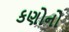
કણોનો